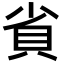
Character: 𮙷